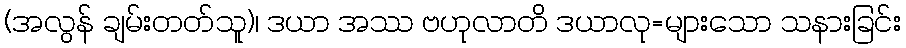
(အလွန် ချမ်းတတ်သူ)၊ ဒယာ အဿ ဗဟုလာတိ ဒယာလု=များသော သနားခြင်း